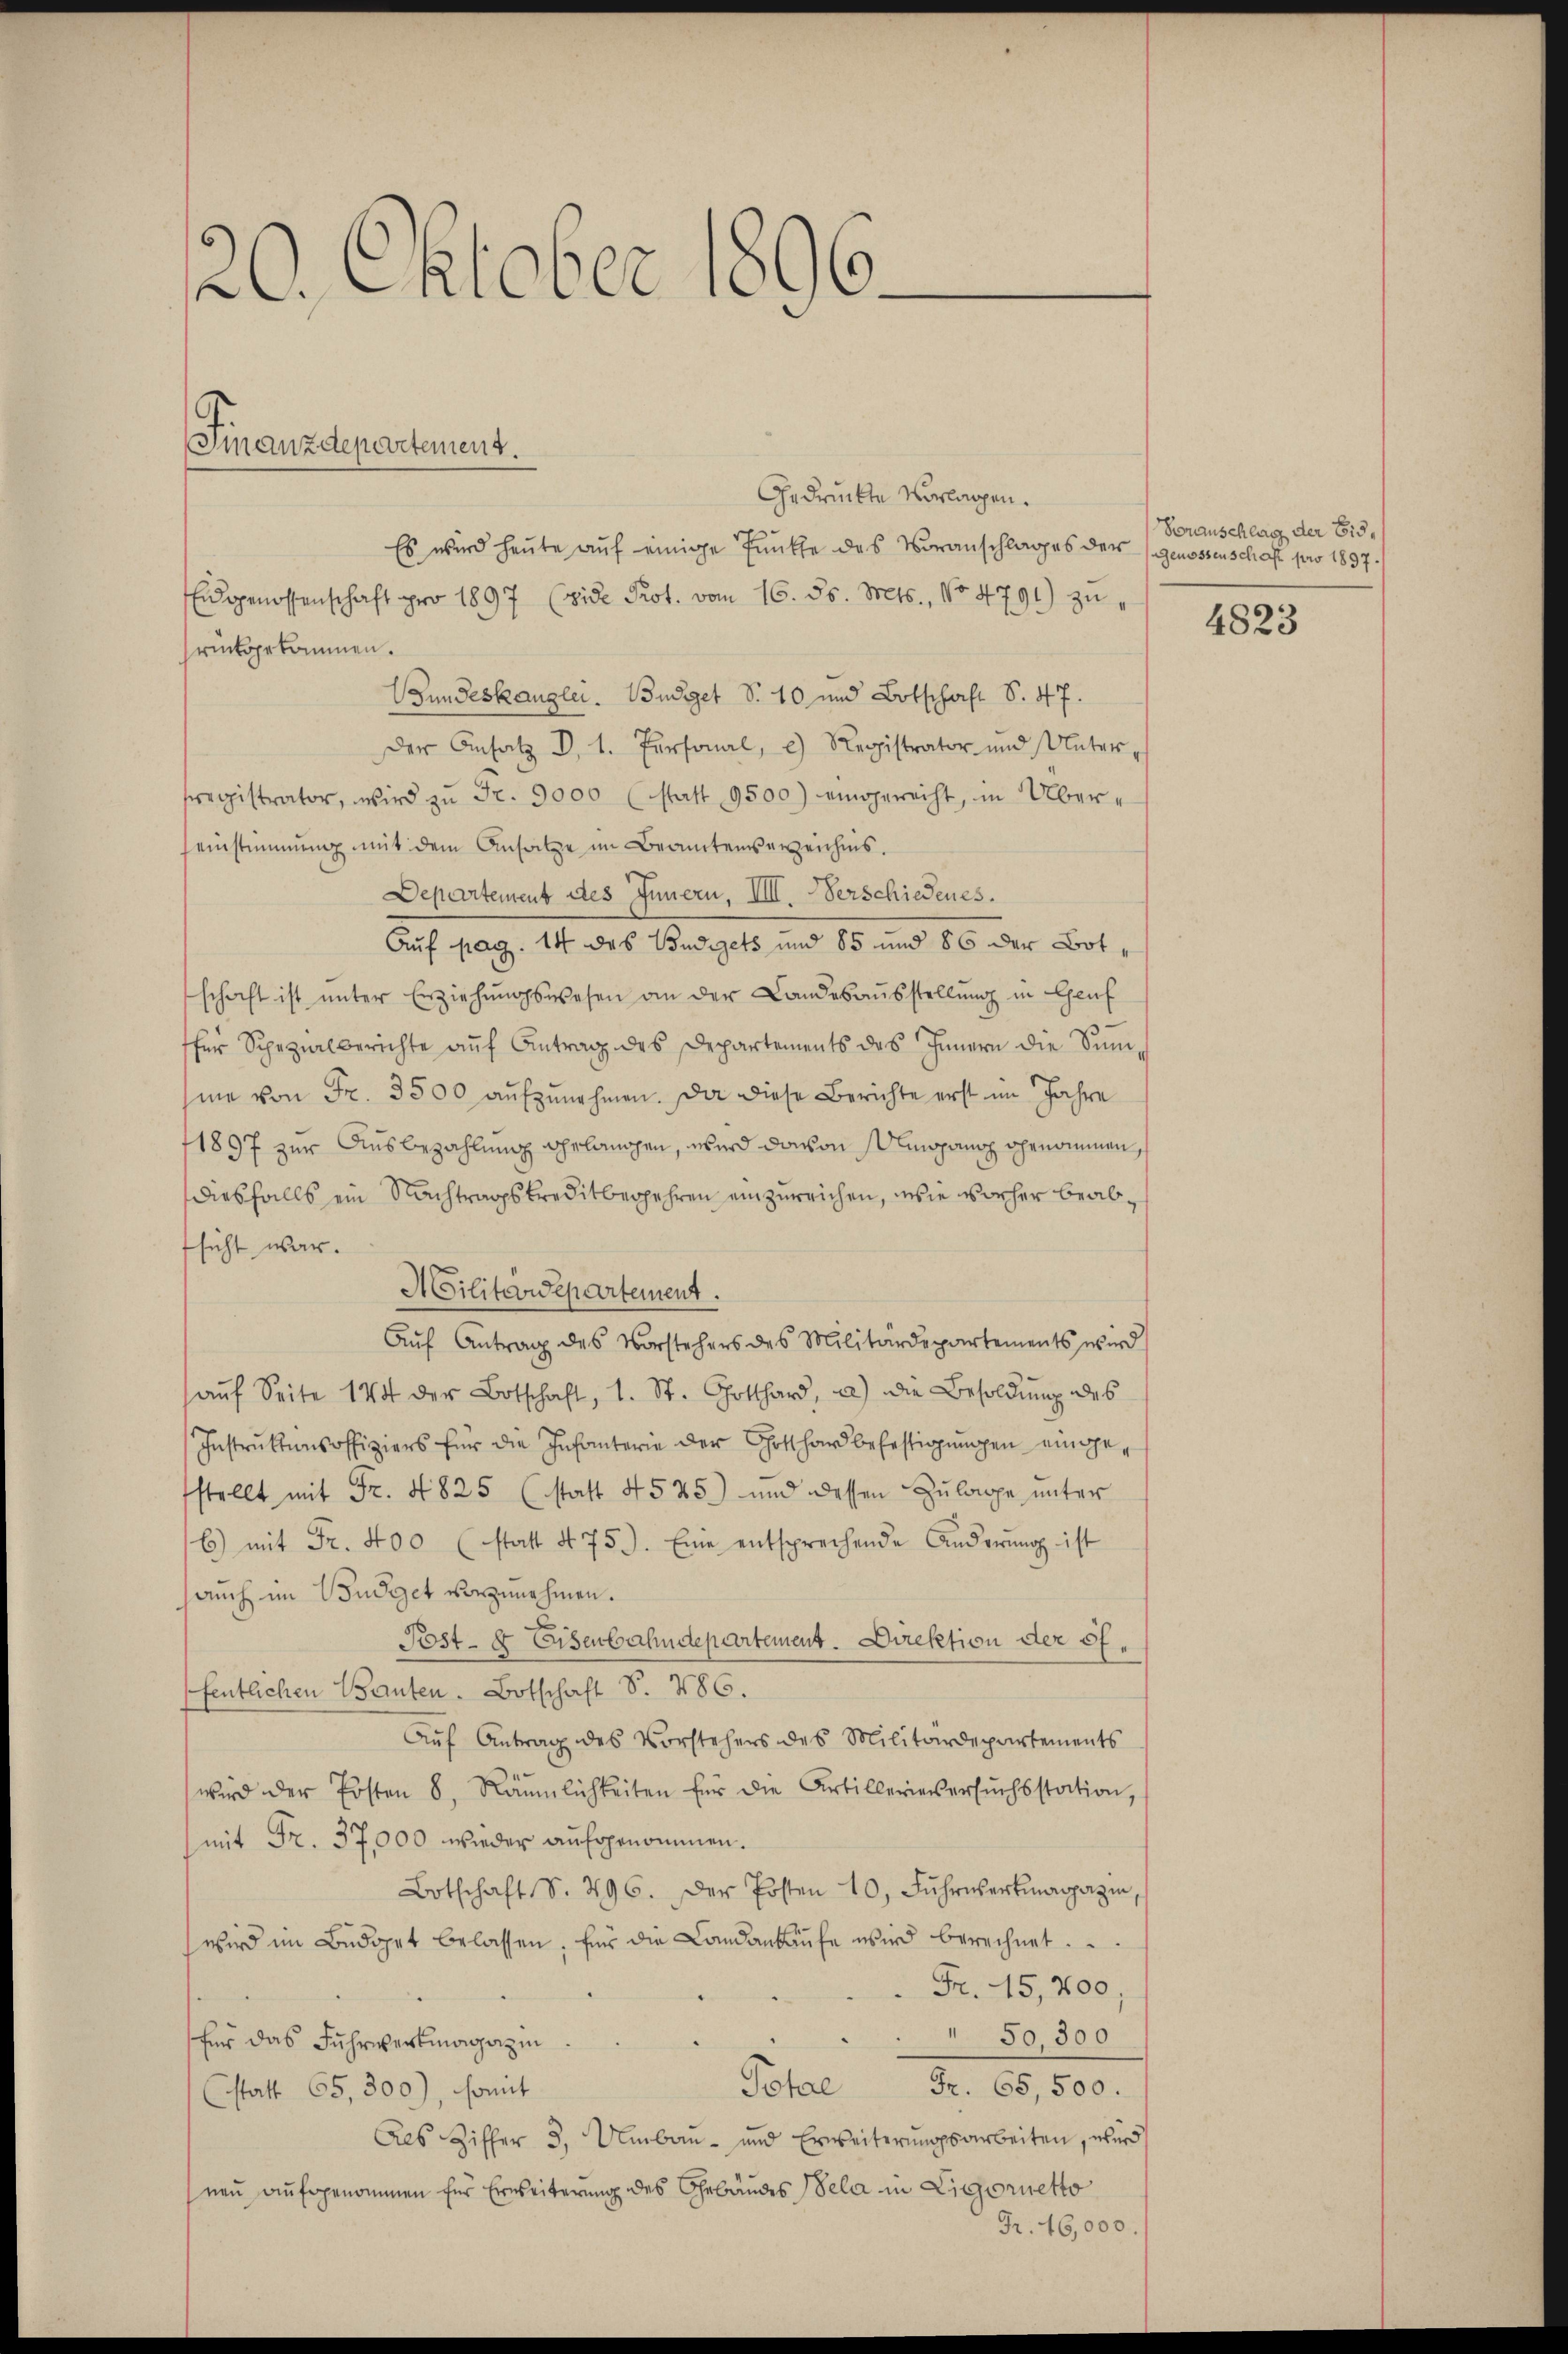
20. Oktober 1896.

Gedrückte vorlagen.
Es wird heute auf einige Punkte des Voranschlages der
Eidgenossenschaft pro 1897 (vide Prot. vom 16. ds. Mts., No 4791) zurückgekommen.
Gundeskanzlei Budget S. 10 und Botschaft S. 47.
Der Ansatz d. 1. Personal, c) Registrator und Untersregistrator, wird zŭ Fr. 9000 (statt 9500) eingerecht, in Über-
einstimmung mit dem Ansatze im Beamtenverzeichnis.
Departement des Innern, IIII. Verschiedenes.
Auf pag. 14 des Budgets und 85 und 86 der Botschaft ist unter Erziehŭngswesen an der Landesaŭsstellung in Genf
für Spezialberichte auf Antrag des Departements des Innern die Sumhme von Fr. 3500 aufzunehmen. Da diese Berichte erst im Jahre
1897 zur Ausbezahlung gelangen, wird davon Olmopanz genommen,
diesfalls ein Nachtragskreditbergehren einzureichen, wie vorher beabfsicht war.
Militärdepartement.
Aŭf Antrag des Vorstehers des Militärdepartements wird
aŭf Seite 144 der Botschaft, 1. St. Gotthard, a) die Besoldung des
Instruktionsoffiziers für die Infanterie der Gotthard befestigungen eingefstellt mit Fr. 4825 (statt 4525) und dessen Zulage unter
b) mit Fr. 400 (statt No. 759. Eine entsprechende Änderŭng ist
auch im Budget vorzunehmen.
Post- & Eisenbahndepartement. Direktion der öffentlichen Bauten. Botschaft S. 486.
Auf Antrag des Vorstehers des Militärdepartements
wird der Posten 8. Räŭmlichkeiten für die Artillerieversŭchsstation,
mit Fr. 37,000 wieder aufgenommen.
Botschaft S. 496. Der Posten 10, Fuhrwertmagazin
wird im Büdget belassen. Eins die Landankaufe wird berechnet.
Fr. 15,200
 50 300
für das Fuhrwertmagazin
Fr. 65,500.
Pehal
(statt 65,300), somit
Als Ziffer 3. Umbaŭ- und Erweiterŭngsarbeiten, wurd
neu aufgenommen für Erweiterung des Gebäudes Bela in Ligorietto
Fr. 16,000.

Finanzdepartement.

Voranschlag der Eid¬
Genossenschaft pro 1897.

4823